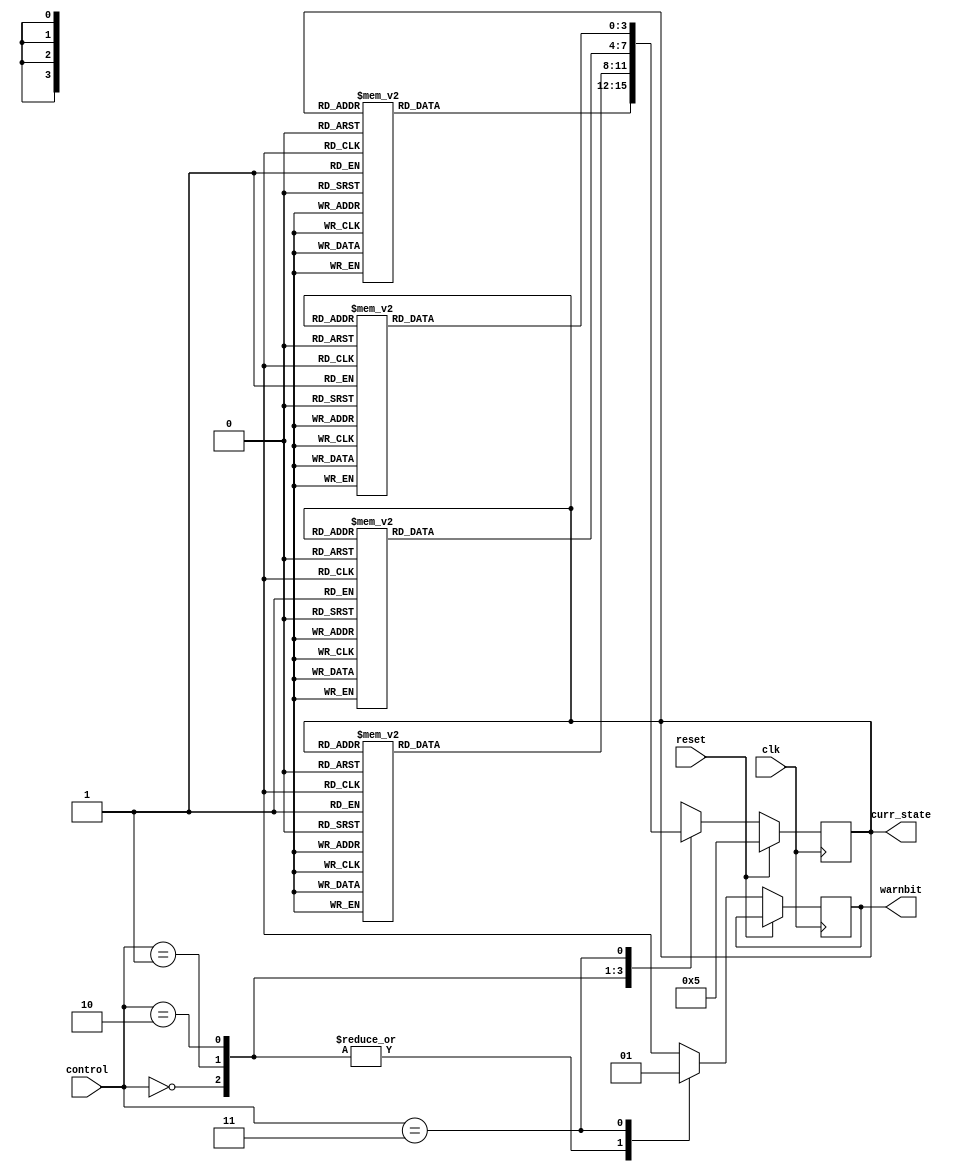
module stepper1(clk, control, reset, warnbit, curr_state);
    input clk, reset;
    input [1:0] control;
    output warnbit;
    output [3:0] curr_state;
    
    wire reset;
    wire [1:0] control;
    reg warnbit;
    
    //Control bit inputs (cw, ccw)
    localparam same_state_ctrl = 2'd0;
    localparam clk_wise_ctrl = 2'd2;
    localparam counter_clk_wise_ctrl = 2'd1;
    localparam warn_state_ctrl = 2'd3;
    
    //State outputs
    localparam state_0 = 4'd5;
    localparam state_1 = 4'd1;
    localparam state_2 = 4'd9;
    localparam state_3 = 4'd8;
    localparam state_4 = 4'd10;
    localparam state_5 = 4'd2;
    localparam state_6 = 4'd6;
    localparam state_7 = 4'd4;
    
    reg [3:0] curr_state;
    
    always@(posedge clk)
    begin
        if (reset)
        begin
            curr_state = state_0;
        end
        else
        begin
            case (control)
                same_state_ctrl:
                begin
                    warnbit = 1'b0;
                    case (curr_state)
                        state_0: curr_state = state_0;
                        state_1: curr_state = state_1;
                        state_2: curr_state = state_2;
                        state_3: curr_state = state_3;
                        state_4: curr_state = state_4;
                        state_5: curr_state = state_5;
                        state_6: curr_state = state_6;
                        state_7: curr_state = state_7;
                        default: curr_state = state_0;
                    endcase
                end
                counter_clk_wise_ctrl:
                begin
                    warnbit = 1'b0;
                    case (curr_state)
                        state_0: curr_state = state_7;
                        state_1: curr_state = state_0;
                        state_2: curr_state = state_1;
                        state_3: curr_state = state_2;
                        state_4: curr_state = state_3;
                        state_5: curr_state = state_4;
                        state_6: curr_state = state_5;
                        state_7: curr_state = state_6;
                        default: curr_state = state_0;
                    endcase
                end
                clk_wise_ctrl:
                begin
                    warnbit = 1'b0;
                    case (curr_state)
                        state_0: curr_state = state_1;
                        state_1: curr_state = state_2;
                        state_2: curr_state = state_3;
                        state_3: curr_state = state_4;
                        state_4: curr_state = state_5;
                        state_5: curr_state = state_6;
                        state_6: curr_state = state_7;
                        state_7: curr_state = state_0;
                        default: curr_state = state_0;
                    endcase
                end
                warn_state_ctrl:
                begin
                    warnbit = 1'b1;
                    case (curr_state)
                        state_0: curr_state = state_0;
                        state_1: curr_state = state_1;
                        state_2: curr_state = state_2;
                        state_3: curr_state = state_3;
                        state_4: curr_state = state_4;
                        state_5: curr_state = state_5;
                        state_6: curr_state = state_6;
                        state_7: curr_state = state_7;
                        default: curr_state = state_0;
                    endcase
                end
            endcase
        end
    end
endmodule